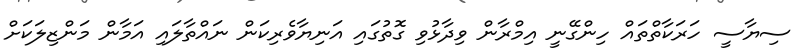
ސިޔާސީ ހަރަކާތްތައް ހިންގޭނީ އިމްރާން ވިދާޅުވި ގޮތުގައި އަނިޔާވެރިކަން ނައްތާލައި އަމާން މަންޒިލަކަށް